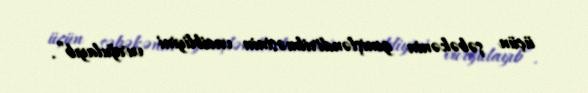
üçün şəbəkənin genişləndirilməsinin vacibliyini vurğulayıb”.